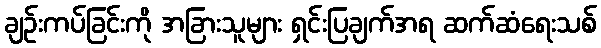
ချဉ်းကပ်ခြင်းကို အခြားသူများ ရှင်းပြချက်အရ ဆက်ဆံရေးသစ်